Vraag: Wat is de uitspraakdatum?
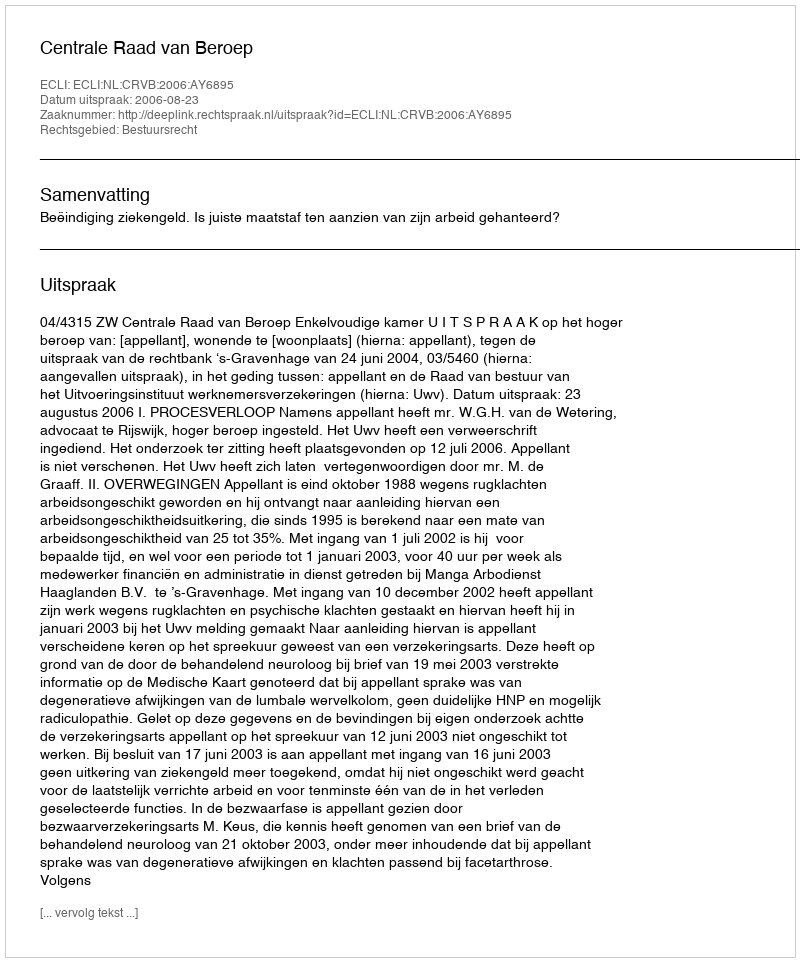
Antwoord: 2006-08-23